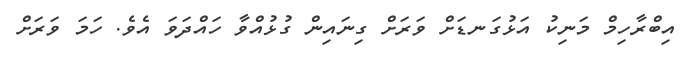
އިބްރާހިމް މަނިކު އަޅުގަނޑަށް ވަރަށް ގިނައިން ގުޅުއްވާ ހައްދަވަ އެވެ. ހަމަ ވަރަށް